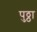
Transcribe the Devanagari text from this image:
पुठ्ठा